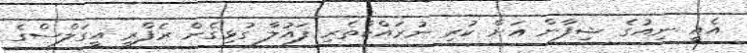
އެއީ ނިއުގެ ޝިފާން އަށް ކުރި ނުރައްކާތެރި ފައުލާ ގުޅިގެން ރެފްރީ އީގަލްސްގެ